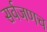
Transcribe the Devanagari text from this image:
सर्वजणच